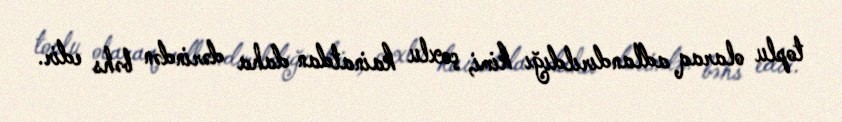
toplu olaraq adlandırıldığı kimi, çoxlu kainatdan daha dərindən bəhs edir.